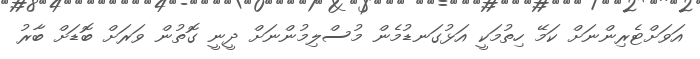
އަވަށްޓެރިންނަށް ކަމޭ ހިތުމަކީ އަޅުގަނޑުމެން މުސްލިމުންނަށް ދީނީ ގޮތުން ވަރަށް ބޮޑަށް ބާރު